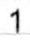
1